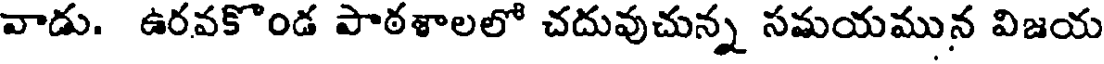
వాడు. ఉరవకొండ పాఠశాలలో చదువుచున్న సమయమున విజయ